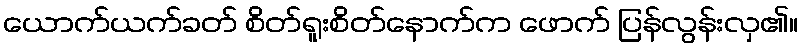
ယောက်ယက်ခတ် စိတ်ရူးစိတ်နောက်က ဖောက် ပြန်လွန်းလှ၏။